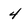
Character: 4